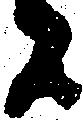
者